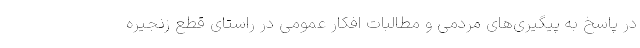
در پاسخ به پیگیری‌های مردمی و مطالبات افکار عمومی در راستای قطع زنجیره